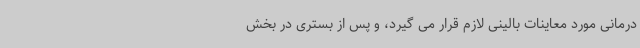
درمانی مورد معاینات بالینی لازم قرار می گیرد، و پس از بستری در بخش